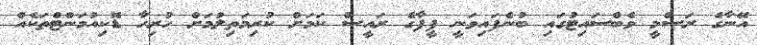
އޭނާގެ ރަސްމީ ވެބްސައިޓުގައި ބުނެފައިވަނީ ފީފާގެ ރައީސް ކަމަށް ކުރިމަތިލުމަށް ހުރިހާ ޑޮކިއުމަންޓްތަކެއް